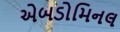
એબડોમિનલ